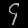
Digit: ၄